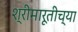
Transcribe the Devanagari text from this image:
श्रीमारूतीच्या